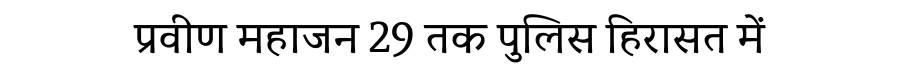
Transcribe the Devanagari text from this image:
प्रवीण महाजन 29 तक पुलिस हिरासत में